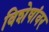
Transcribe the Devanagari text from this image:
विशेषांवर